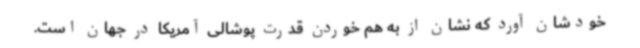
خودشان آورد که نشان از به هم خوردن قدرت پوشالی آمریکا در جهان است.